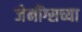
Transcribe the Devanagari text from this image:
जेनींग्सच्या